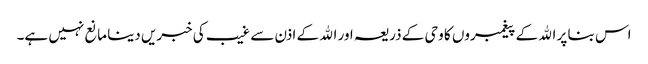
اس بنا پر الله کے پیغمبروں کا وحی کے ذریعہ اور الله کے اذن سے غیب کی خبریں دینا مانع نہیں ہے۔